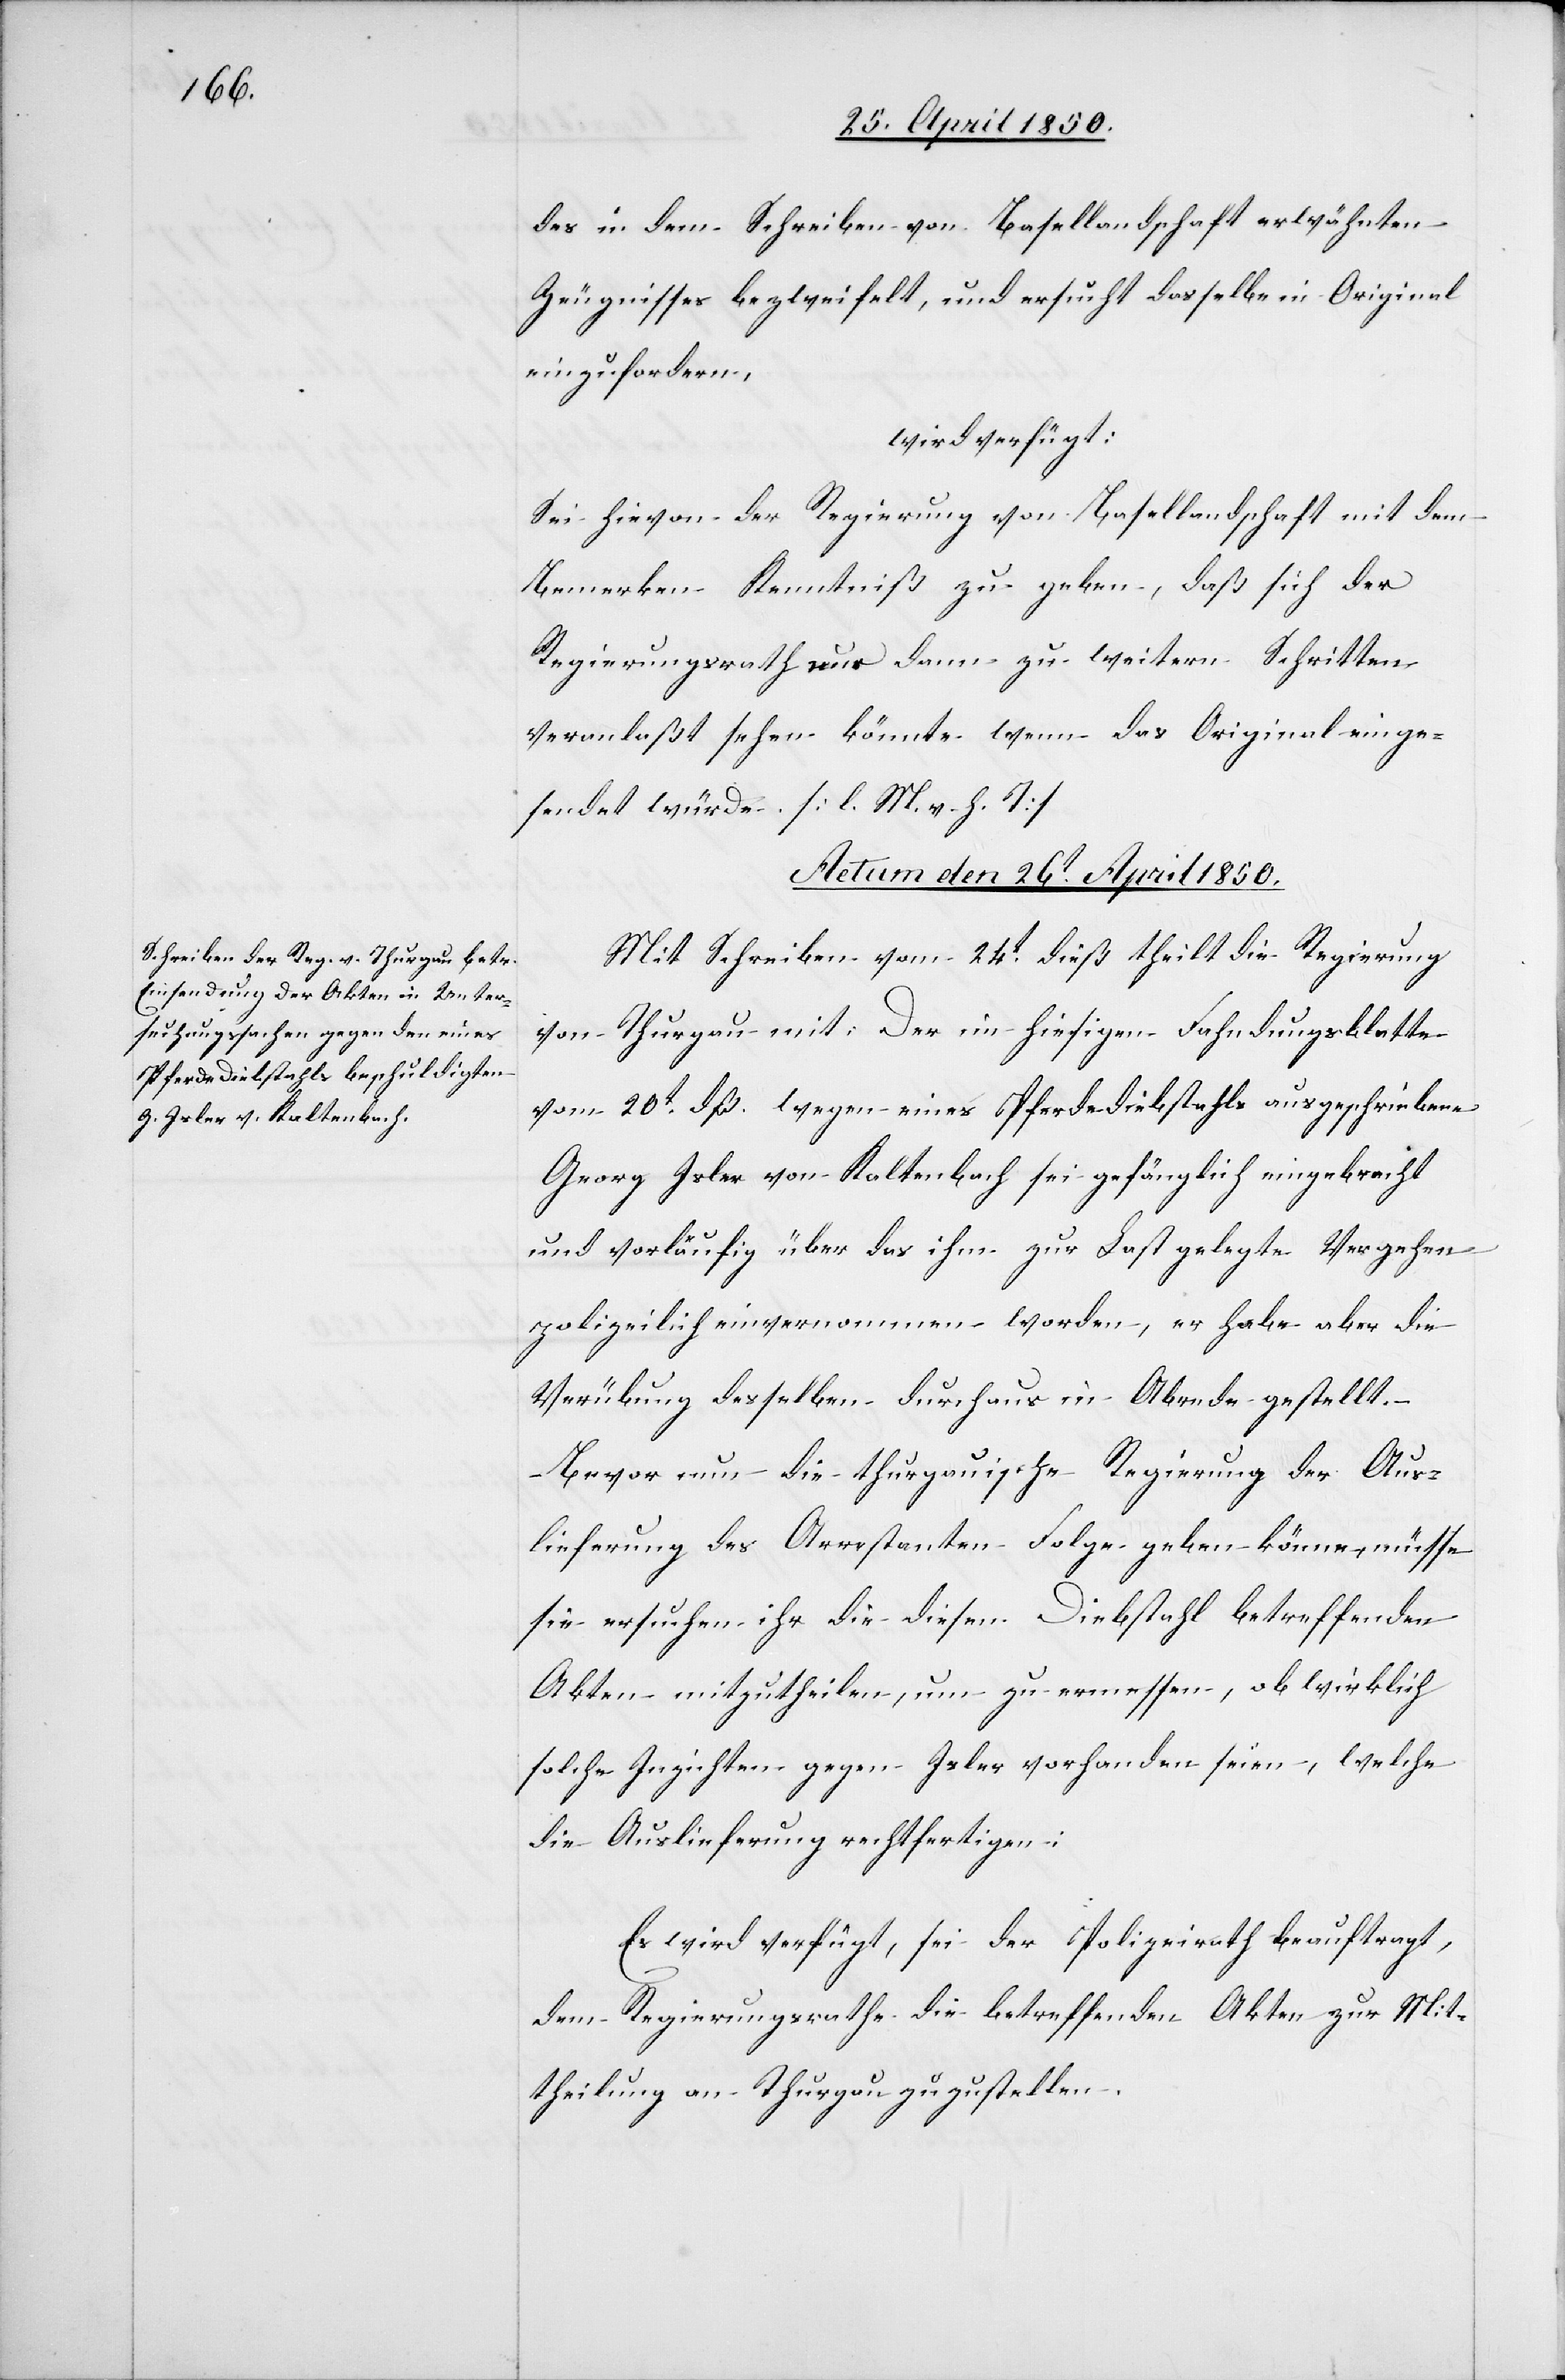
des in dem Schreiben von Basellandschaft erwähnten
Zeugnisses bezweifelt, und ersucht dasselbe in Original
einzufordern,
wird verfügt:
Sei hievon der Regierung von Basellandschaft mit dem
Bemerken Kenntniß zu geben, daß sich der
Regierungsrath nur dann zu weitern Schritten
veranlaßt sehen könnte wenn das Original einge¬
sendet würde. [l. M. v. h. T]
Actum den 26t April 1850.
Mit Schreiben vom 24t dieß theilt die Regierung
von Thurgau mit: Der im hiesigen Fahndungsblatte
vom 20t dß. wegen eines Pferdediebstahls ausgeschriebene
Georg Isler von Kaltenbach sei gefänglich eingebracht
und vorläufig über das ihm zur Last gelegte Vergehen
polizeilich einvernommen worden, er habe aber die
Verübung desselben durchaus in Abrede gestellt.
Bevor nun die thurgauische Regierung der Aus¬
lieferung des Arrestanten Folge geben könne, müsse
sie ersuchen ihr die diesem Diebstahl betreffenden
Akten mitzutheilen, um zu ermessen, ob wirklich
solche Inzichten gegen Isler vorhanden seien, welche
die Auslieferung rechtfertigen:
Es wird verfügt, sei der Polizeirath beauftragt,
dem Regierungsrathe die betreffenden Akten zur Mit¬
theilung an Thurgau zuzustellen.